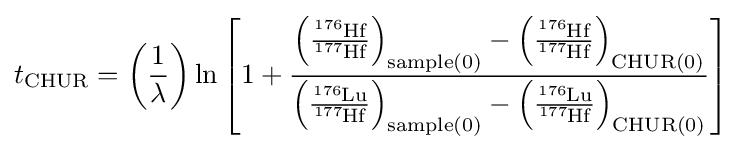
t_{{\ce {CHUR}}}=\left({\frac {1}{\lambda }}\right)\ln \left[1+{\frac {\left({\frac {{\ce {^{176}Hf}}}{{\ce {^{177}Hf}}}}\right)_{\text{sample(0)}}-\left({\frac {{\ce {^{176}Hf}}}{{\ce {^{177}Hf}}}}\right)_{\text{CHUR(0)}}}{\left({\frac {{\ce {^{176}Lu}}}{{\ce {^{177}Hf}}}}\right)_{\text{sample(0)}}-\left({\frac {{\ce {^{176}Lu}}}{{\ce {^{177}Hf}}}}\right)_{\text{CHUR(0)}}}}\right]